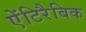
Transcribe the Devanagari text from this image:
ऐंटिरैबिक